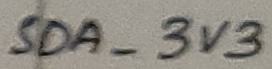
Text: SDA_3V3